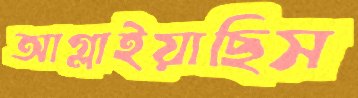
আগ্‌লাইয়াছিস